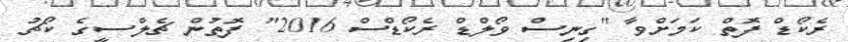
ރެކޯޑް ފޮތް ކަމަށްވާ "ގިނިސް ވޯލްޑް ރެކޯޑްސް 2016" ފޮތުން ޗެލްސީގެ ކޯޗު